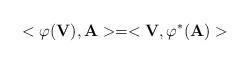
LaTeX: \begin{align*}<\varphi(\textbf{V}), \textbf{A}> = <\textbf{V}, \varphi^{*}(\textbf{A})> \end{align*}